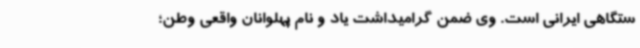
ستگاهی ایرانی است. وی ضمن گرامیداشت یاد و نام پهلوانان واقعی وطن؛